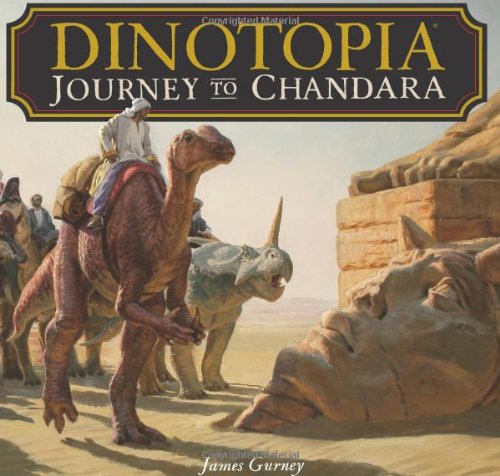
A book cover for Dinotopia: Journey to Chandara; James Gurney; Arts & Photography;